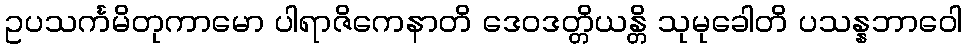
ဥပသင်္ကမိတုကာမော ပါရာဇိကေနာတိ ဒေဝဒတ္တိယန္တိ သုမုခေါတိ ပသန္နဘာဝေါ